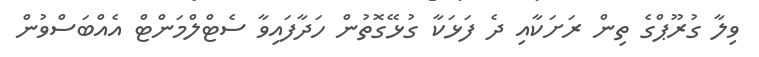
ވިލާ ގުރޫޕްގެ ތިން ރަށަކާއި ދެ ފަޅަކާ ގުޅޭގޮތުން ހަދާފައިވާ ސެޓްލްމަންޓް އެއްބަސްވުން